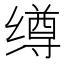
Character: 𰬺